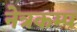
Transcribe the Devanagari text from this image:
नेत्रकम्प